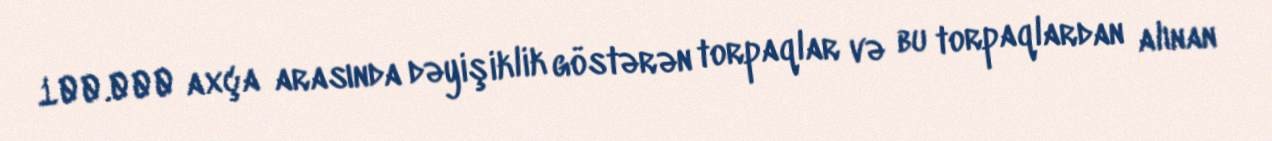
100.000 axça arasında dəyişiklik göstərən torpaqlar və bu torpaqlardan alınan